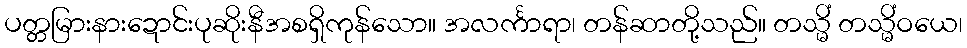
ပတ္တမြားနားဍောင်းပုဆိုးနီအစရှိကုန်သော။ အလင်္ကာရာ၊ တန်ဆာတို့သည်။ တသ္မိံ တသ္မိံဝယေ၊